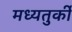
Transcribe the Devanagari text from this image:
मध्यतुर्की